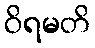
ဝိရမတိ